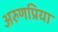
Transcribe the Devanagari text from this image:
अरुणप्रिया